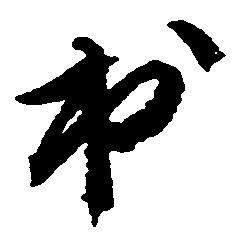
出